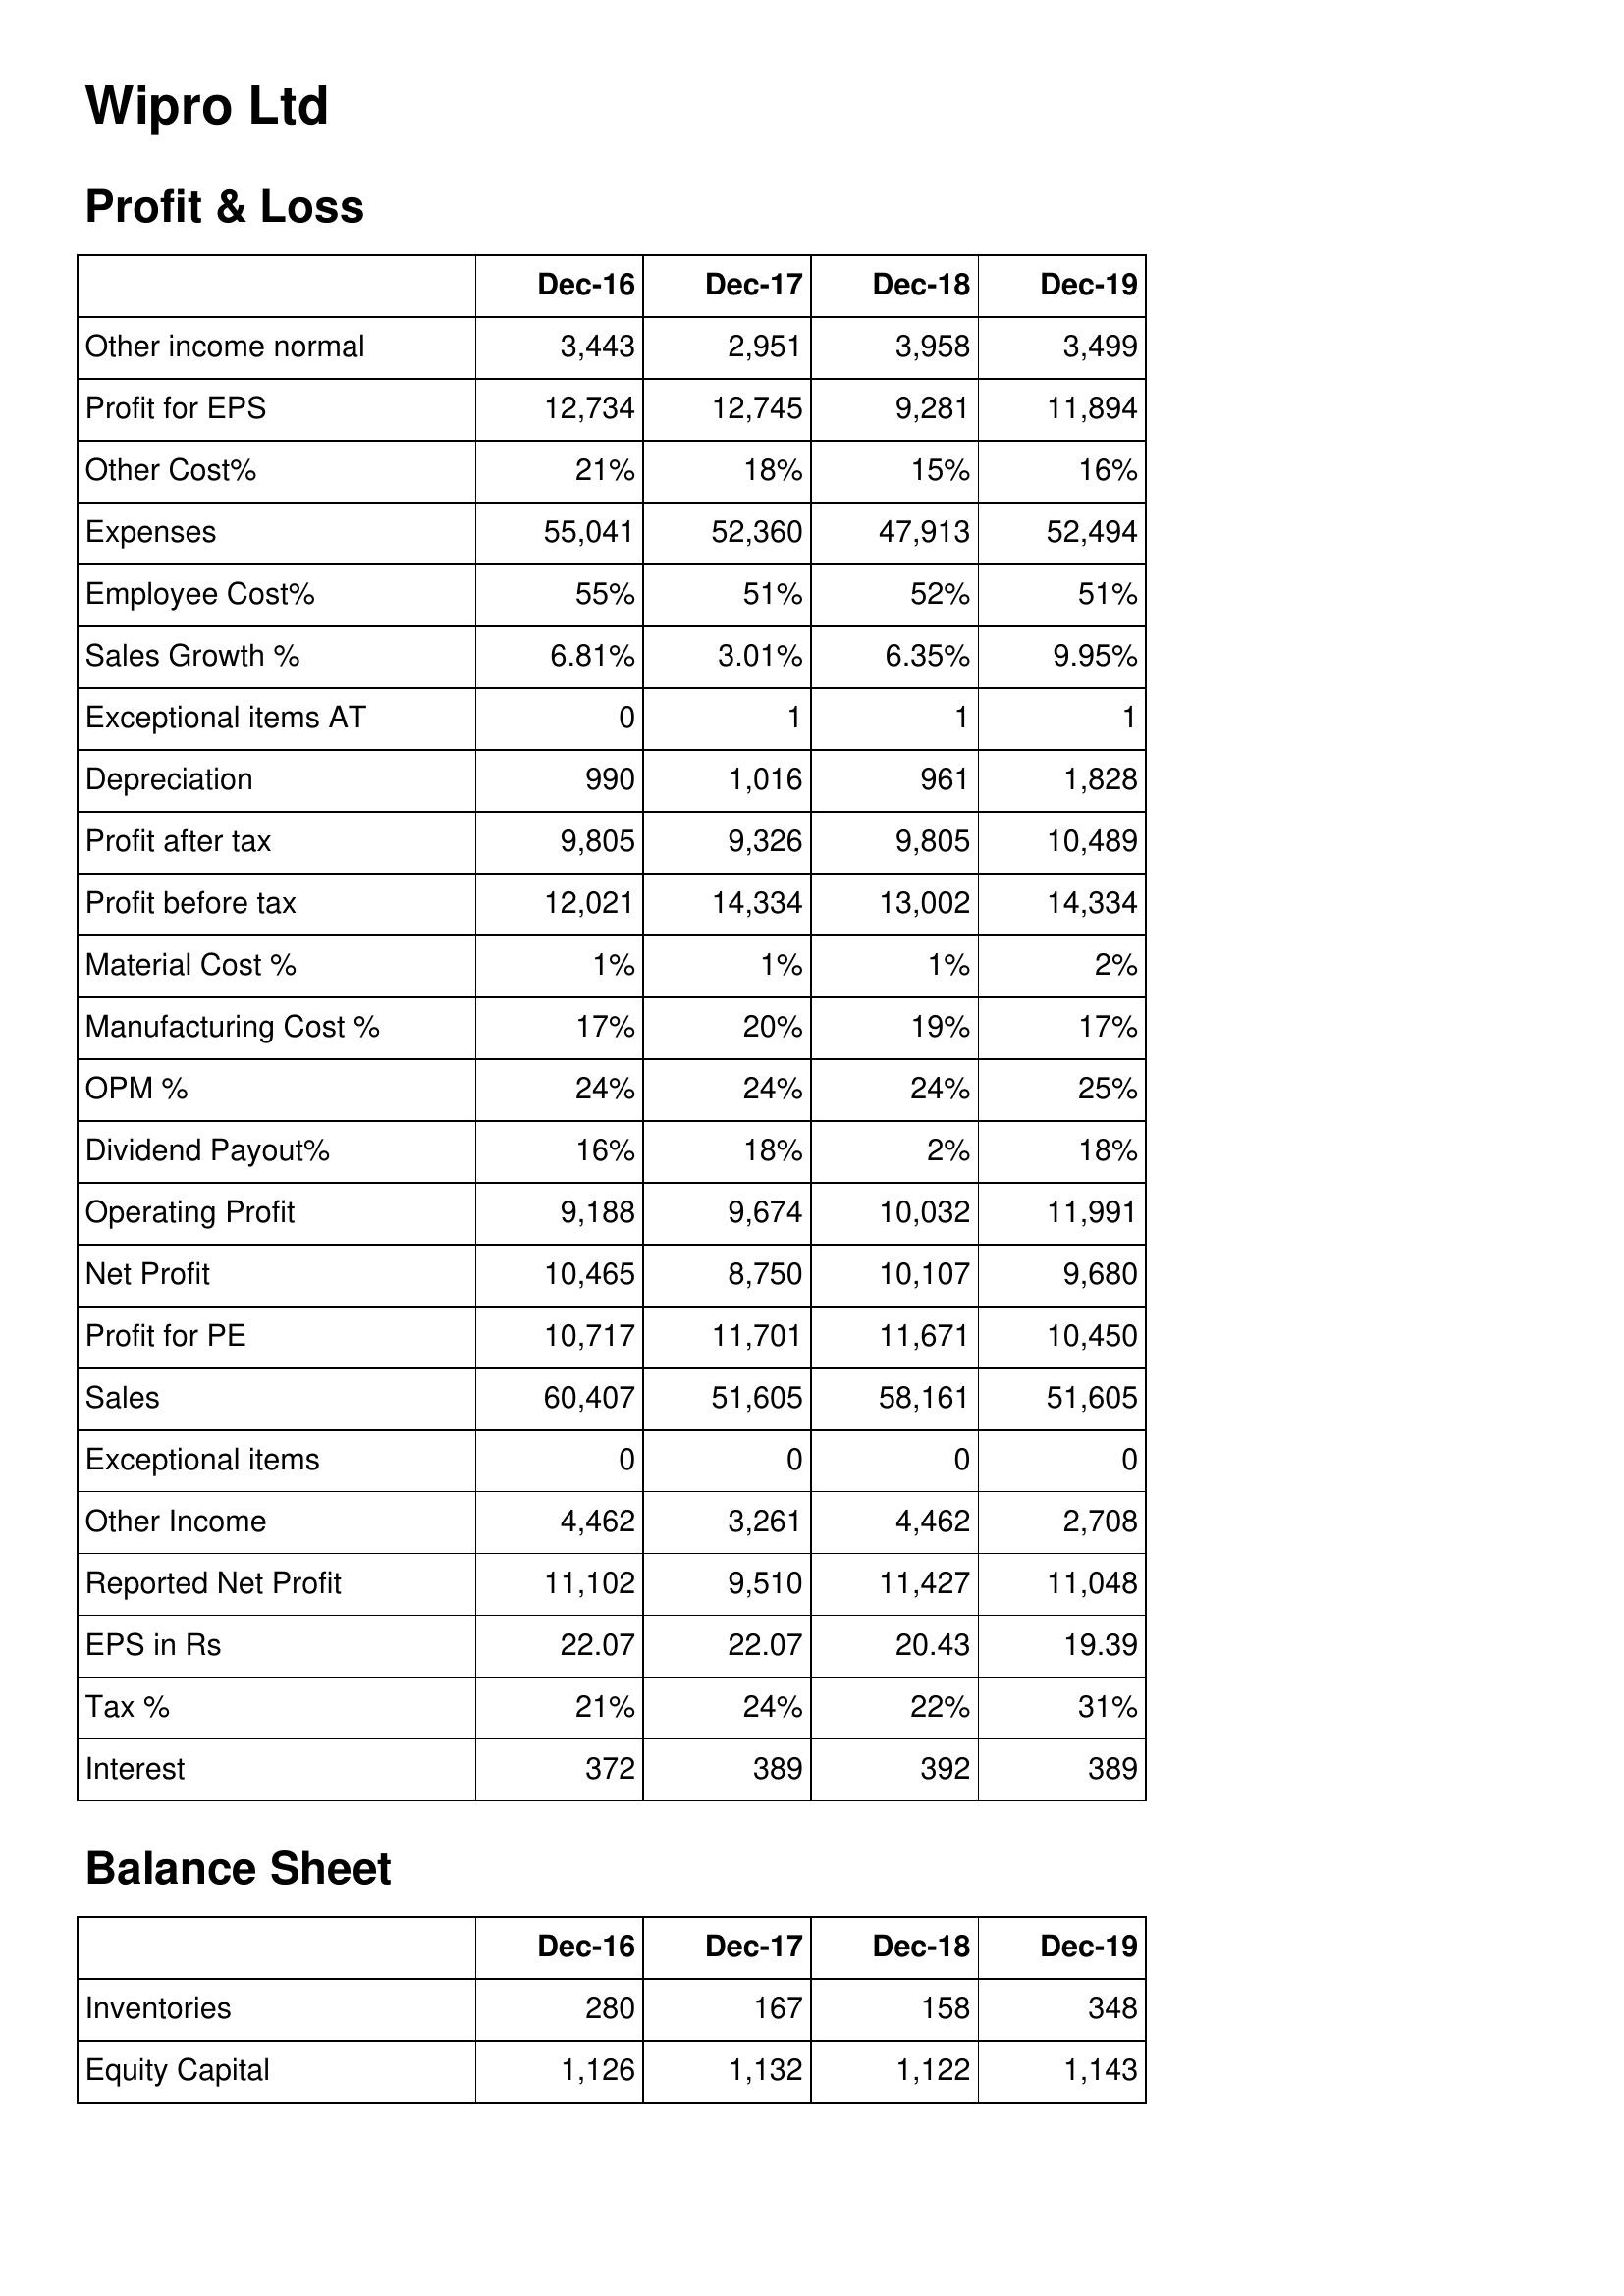
Dec-16: Profit & Loss: Other income normal: 3,443
Profit for EPS: 12,734
Other Cost%: 21%
Expenses: 55,041
Employee Cost%: 55%
Sales Growth %: 6.81%
Exceptional items AT: 0
Depreciation: 990
Profit after tax: 9,805
Profit before tax: 12,021
Material Cost %: 1%
Manufacturing Cost %: 17%
OPM %: 24%
Dividend Payout%: 16%
Operating Profit: 9,188
Net Profit: 10,465
Profit for PE: 10,717
Sales: 60,407
Exceptional items: 0
Other Income: 4,462
Reported Net Profit: 11,102
EPS in Rs: 22.07
Tax %: 21%
Interest: 372
Balance Sheet: Inventories: 280
Equity Capital: 1,126
Dec-17: Profit & Loss: Other income normal: 2,951
Profit for EPS: 12,745
Other Cost%: 18%
Expenses: 52,360
Employee Cost%: 51%
Sales Growth %: 3.01%
Exceptional items AT: 1
Depreciation: 1,016
Profit after tax: 9,326
Profit before tax: 14,334
Material Cost %: 1%
Manufacturing Cost %: 20%
OPM %: 24%
Dividend Payout%: 18%
Operating Profit: 9,674
Net Profit: 8,750
Profit for PE: 11,701
Sales: 51,605
Exceptional items: 0
Other Income: 3,261
Reported Net Profit: 9,510
EPS in Rs: 22.07
Tax %: 24%
Interest: 389
Balance Sheet: Inventories: 167
Equity Capital: 1,132
Dec-18: Profit & Loss: Other income normal: 3,958
Profit for EPS: 9,281
Other Cost%: 15%
Expenses: 47,913
Employee Cost%: 52%
Sales Growth %: 6.35%
Exceptional items AT: 1
Depreciation: 961
Profit after tax: 9,805
Profit before tax: 13,002
Material Cost %: 1%
Manufacturing Cost %: 19%
OPM %: 24%
Dividend Payout%: 2%
Operating Profit: 10,032
Net Profit: 10,107
Profit for PE: 11,671
Sales: 58,161
Exceptional items: 0
Other Income: 4,462
Reported Net Profit: 11,427
EPS in Rs: 20.43
Tax %: 22%
Interest: 392
Balance Sheet: Inventories: 158
Equity Capital: 1,122
Dec-19: Profit & Loss: Other income normal: 3,499
Profit for EPS: 11,894
Other Cost%: 16%
Expenses: 52,494
Employee Cost%: 51%
Sales Growth %: 9.95%
Exceptional items AT: 1
Depreciation: 1,828
Profit after tax: 10,489
Profit before tax: 14,334
Material Cost %: 2%
Manufacturing Cost %: 17%
OPM %: 25%
Dividend Payout%: 18%
Operating Profit: 11,991
Net Profit: 9,680
Profit for PE: 10,450
Sales: 51,605
Exceptional items: 0
Other Income: 2,708
Reported Net Profit: 11,048
EPS in Rs: 19.39
Tax %: 31%
Interest: 389
Balance Sheet: Inventories: 348
Equity Capital: 1,143